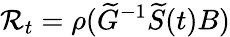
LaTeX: \mathcal{R}_{t}=\rho(\widetilde G^{-1}\widetilde{S}(t)B)